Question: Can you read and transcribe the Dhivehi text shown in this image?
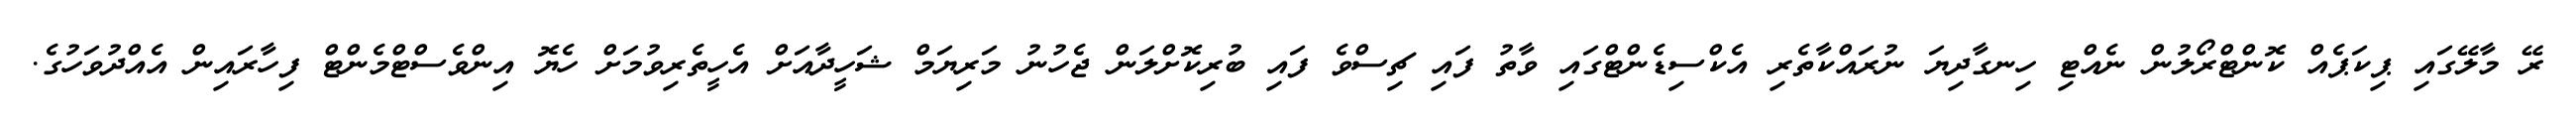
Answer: ރޭ މާލޭގައި ޕިކަޕެއް ކޮންޓްރޯލުން ނެއްޓި ހިނގާދިޔަ ނުރައްކާތެރި އެކްސިޑެންޓްގައި ވާތު ފައި ޗިސްވެ ފައި ބުރިކޮށްލަން ޖެހުނު މަރިޔަމް ޝަހީދާއަށް އެހީތެރިވުމަށް ހެޔޮ އިންވެސްޓްމެންޓް ފިހާރައިން އެއްދުވަހުގެ.